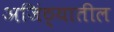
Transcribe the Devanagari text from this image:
अजिंठ्यातील